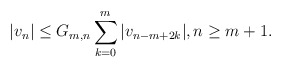
\begin{align*} |v_n| \le G_{m,n} \sum_{k=0}^m |v_{n-m+2k}|, n\ge m+1. \end{align*}